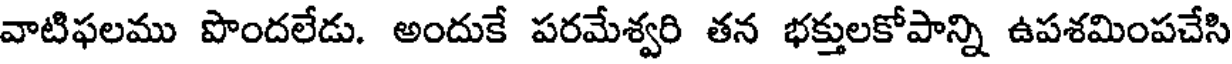
వాటిఫలము పొందలేడు. అందుకే పరమేశ్వరి తన భక్తులకోపాన్ని ఉపశమింపచేసి